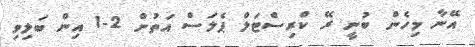
އޭނާ މިހެން ބުނީ ރޭ ކްރިސްޓަލް ޕެލަސް އަތުން 2-1 އިން ބަލިވި